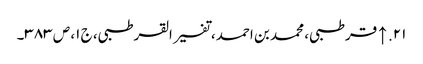
۲۱. ↑ قرطبی، محمد بن احمد، تفسیر القرطبی، ج ۱، ص ۳۸۳۔